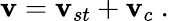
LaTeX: \mathbf{v}=\mathbf{v}_{st}+\mathbf{v}_{c}\ .\